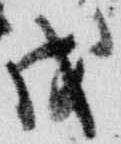
戊